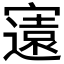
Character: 𭔚